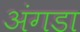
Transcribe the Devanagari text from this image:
अंगडा